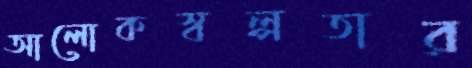
আলোকস্বল্পতার